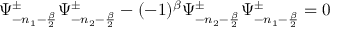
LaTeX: \Psi _ { - n _ { 1 } - { \frac { \beta } { 2 } } } ^ { \pm } \Psi _ { - n _ { 2 } - { \frac { \beta } { 2 } } } ^ { \pm } - ( - 1 ) ^ { \beta } \Psi _ { - n _ { 2 } - { \frac { \beta } { 2 } } } ^ { \pm } \Psi _ { - n _ { 1 } - { \frac { \beta } { 2 } } } ^ { \pm } = 0